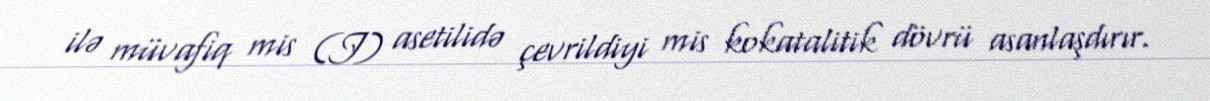
ilə müvafiq mis (I) asetilidə çevrildiyi mis kokatalitik dövrü asanlaşdırır.